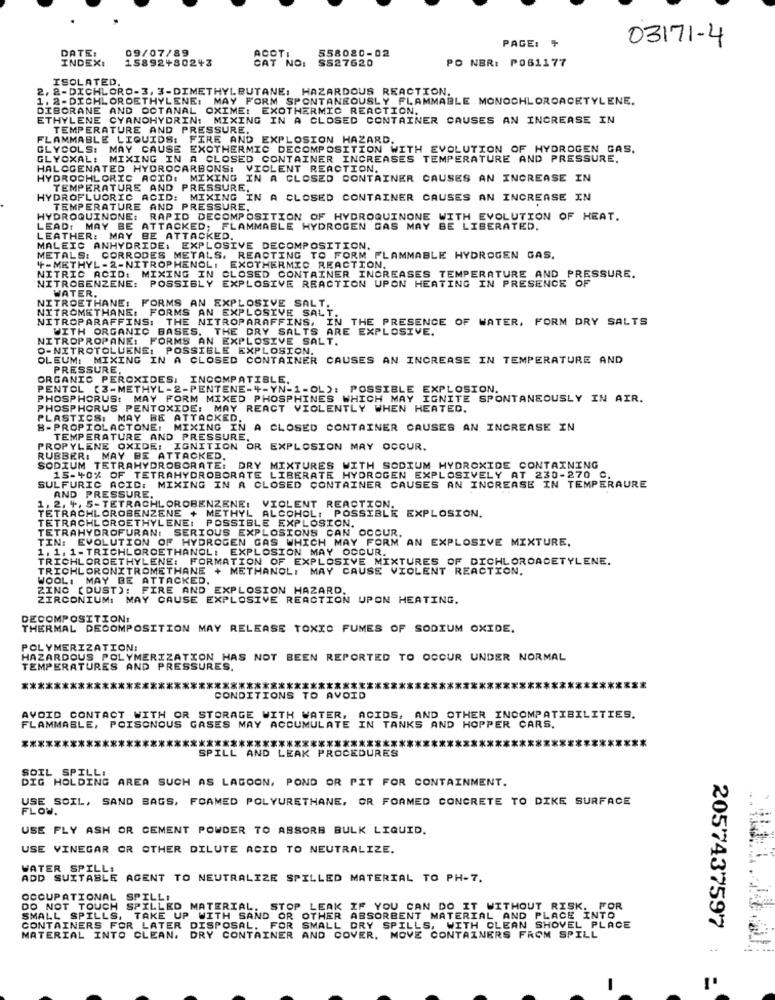
03171-4
DATE:
09/07/89
558020-02
PAGE: +
INDEX:
15892+80243
CAT NO:
ACOTI
SS27620
PO NER: P061177
ISOLATED.
2, 2-DICHLORO-3, 3-DIMETHYL BUTANE: HAZARDOUS REACTION.
1. 2-DICHLOROETHYLENE: MAY FORM SPONTANEOUSLY FLAMMABLE MONOCHLOROACETYLENE.
DIBORANE AND OCTANAL OXIME: EXOTHERMIC REACTION.
ETHYLENE CYANOHYDRIN: MIXING IN A CLOSED CONTAINER CAUSES AN INCREASE IN
TEMPERATURE AND PRESSURE.
FLAMMABLE LIQUIDS: FIRE AND EXPLOSION HAZARD.
GLYCOLS: MAY CAUSE EXOTHERMIC DECOMPOSITION WITH EVOLUTION OF HYDROGEN GAS.
GLYOXAL:
MIXING IN A CLOSED CONTAINER INCREASES TEMPERATURE AND PRESSURE.
HALOGENATED HYDROCARBONS: VIOLENT REACTION.
HYDROCHLORIC ACID: MIXING IN A CLOSED CONTAINER CAUSES AN INCREASE IN
TEMPERATURE AND PRESSURE.
HYDROFLUORIC ACID:
MIXING IN A CLOSED CONTAINER CAUSES AN INCREASE IN
TEMPERATURE AND PRESSURE.
HYDROQUINONE:
RAPID DECOMPOSITION OF HYDROQUINONE WITH EVOLUTION OF HEAT.
LEAD: MAY BE ATTACKED; FLAMMABLE HYDROGEN GAS MAY BE LIBERATED.
LEATHER: MAY BE ATTACKED.
MALEIC ANHYDRIDE: EXPLOSIVE DECOMPOSITION.
METALS: CORRODES METALS. REACTING TO FORM FLAMMABLE HYDROGEN GAS.
+-METHYL-2-NITROPHENOL!
EXOTHERMIC REACTION.
NITRIC ACID: MIXING IN CLOSED CONTAINER INCREASES TEMPERATURE AND PRESSURE.
NITROBENZENE: POSSIBLY EXPLOSIVE REACTION UPON HEATING IN PRESENCE OF
WATER.
NITROETHANE: FORMS AN EXPLOSIVE SALT.
NITROMETHANE
FORMS AN EXPLOSIVE SALT.
NITROPARAFFINS: THE NITROPARAFFINS, IN THE PRESENCE OF WATER, FORM DRY SALTS
WITH ORGANIC BASES.
THE DRY SALTS ARE EXPLOSIVE.
NITROPROPANE: FORMS AN EXPLOSIVE SALT.
O-NITROTOLUENE: POSSIBLE EXPLOSION.
OLEUM: MIXING IN A CLOSED CONTAINER CAUSES AN INCREASE IN TEMPERATURE AND
PRESSURE.
ORGANIC PEROXIDES: INCOMPATIBLE.
PENTOL (3-METHYL-2-PENTENE-"-YN-1-OL): POSSIBLE EXPLOSION.
PHOSPHORUS: MAY FORM MIXED PHOSPHINES WHICH MAY IGNITE SPONTANEOUSLY IN AIR.
PHOSPHORUS PENTOXIDE: MAY REACT VIOLENTLY WHEN HEATED.
PLASTICS, MAY BE ATTACKED.
B-PROPIOLACTONE: MIXING IN A CLOSED CONTAINER CAUSES AN INCREASE IN
TEMPERATURE AND PRESSURE.
PROPYLENE OXIDE: IGNITION OR EXPLOSION MAY OCCUR.
RUBBER: MAY BE ATTACKED.
SODIUM TETRAHYDROBORATE: DRY MIXTURES WITH SODIUM HYDROXIDE CONTAINING
SULFURIC ACID: MIXING IN A CLOSED CONTAINER CAUSES AN INCREASE IN TEMPERAURE
15-40% OF TETRAHYDROBORATE LIBERATE HYDROGEN EXPLOSIVELY AT 230-270 C.
1. 2. 4. 5-TETRACHLOROBENZENE: VIOLENT REACTION.
AND PRESSURE.
TETRACHLOROBENZENE + METHYL ALCOHOL: POSSIBLE EXPLOSION.
VIOLENT REACTION.
TETRACHLOROETHYLENE: POSSIBLE EXPLOSION.
TETRAHYDROFURAN: SERIOUS EXPLOSIONS CAN OCCUR.
TIN: EVOLUTION OF HYDROGEN GAS WHICH MAY FORM AN EXPLOSIVE MIXTURE.
1 . 1. 1-TRICHLOROETHANOL: EXPLOSION MAY OCCUR.
TRICHLOROETHYLENE: FORMATION OF EXPLOSIVE MIXTURES OF DICHLOROACETYLENE.
TRICHLORONITROMETHANE + METHANOL: MAY CAUSE VIOLENT REACTION.
WOOLI MAY BE ATTACKED.
ZINC ( DUST):
FIRE AND EXPLOSION HAZARD.
ZIRCONIUM: MAY CAUSE EXPLOSIVE REACTION UPON HEATING.
DECOMPOSITION:
THERMAL DECOMPOSITION MAY RELEASE TOXIC FUMES OF SODIUM OXIDE.
POLYMERIZATION:
HAZARDOUS POLYMERIZATION HAS NOT BEEN REPORTED TO OCCUR UNDER NORMAL
TEMPERATURES AND PRESSURES.
**
CONDITIONS TO AVOID
AVOID CONTACT WITH OR STORAGE WITH WATER, ACIDS, AND OTHER INCOMPATIBILITIES.
FLAMMABLE, POISONOUS GASES MAY ACCUMULATE IN TANKS AND HOPPER CARS.
****************************
SPILL AND LEAK PROCEDURES
DIG HOLDING AREA SUCH AS LAGOON, POND OR PIT FOR CONTAINMENT.
SOIL SPILLE
USE SOIL, SAND BAGS, FOAMED POLYURETHANE, OR FORMED CONCRETE TO DIKE SURFACE
USE FLY ASH OR CEMENT POWDER TO ABSORB BULK LIQUID.
USE VINEGAR OR OTHER DILUTE ACID TO NEUTRALIZE.
WATER SPILLI
ADD SUITABLE AGENT TO NEUTRALIZE SPILLED MATERIAL TO PH-7.
OCCUPATIONAL
SPILLI
DO NOT TOUCH SPILLED MATERIAL.
STOP LEAK IF YOU CAN DO IT WITHOUT RISK. FOR
SMALL SPILLS, TAKE UP WITH SAND OR OTHER ABSORBENT MATERIAL AND PLACE INT
CONTAINERS FOR LATER DISPOSAL. FOR SMALL DRY SPILLS, WITH CLEAN SHOVEL PLACE
2057437597
MATERIAL INTO CLEAN, DRY CONTAINER AND COVER. MOVE CONTAINERS FROM SPILL